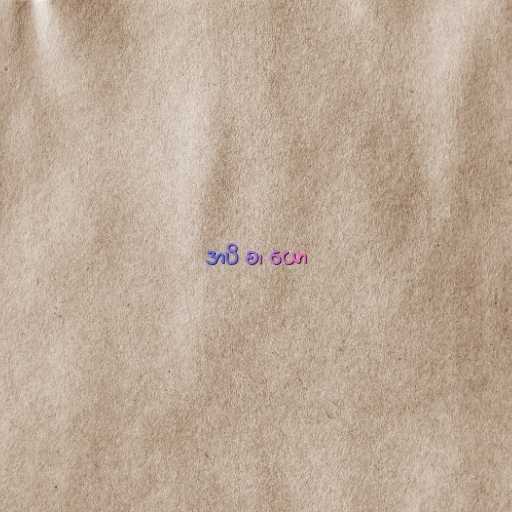
အပိ စ၊ ယော